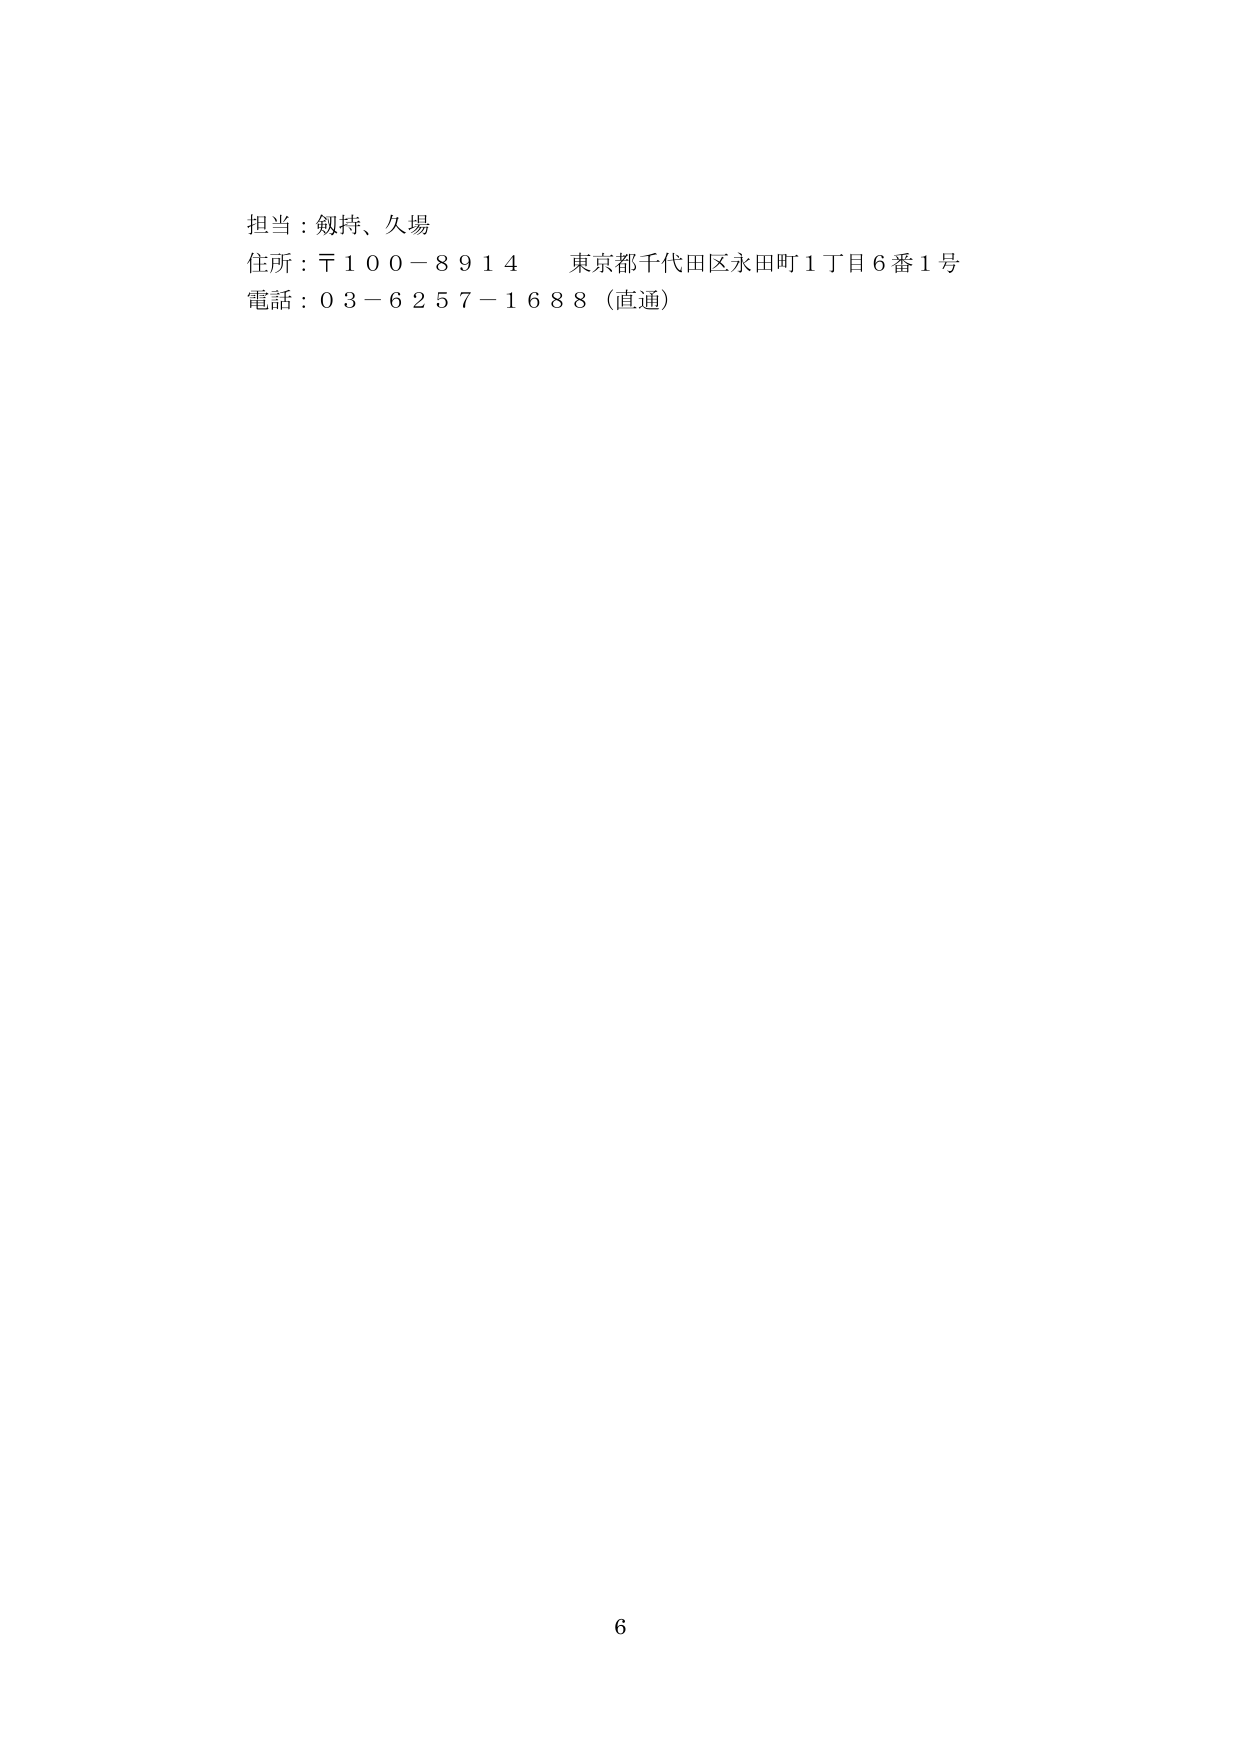
担当：剱持、久場
住所：〒100－8914 東京都千代田区永田町1丁目6番1号
電話：03－6257－1688（直通）
6